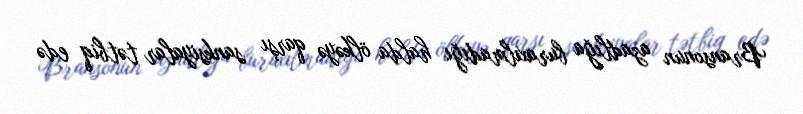
Bransonun azadlığa buraxılmadığı halda ölkəyə qarşı sanksiyalar tətbiq edə